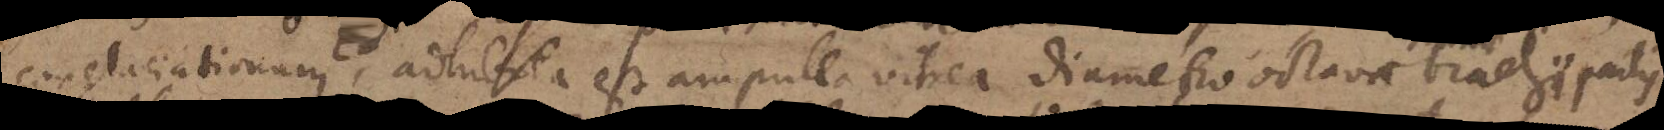
conglaciationum, adhibita est ampulla vitrea diametro octavae brachii partis